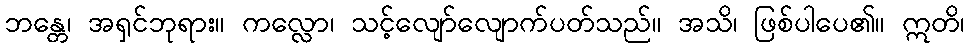
ဘန္တေ၊ အရှင်ဘုရား။ ကလ္လော၊ သင့်လျော်လျောက်ပတ်သည်။ အသိ၊ ဖြစ်ပါပေ၏။ ဣတိ၊